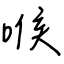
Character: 喉